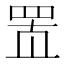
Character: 𰭋